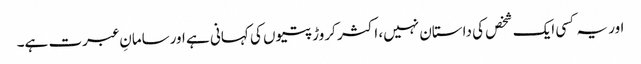
اور یہ کسی ایک شخص کی داستان نہیں، اکثر کروڑپتیوں کی کہانی ہے اورسامانِ عبرت ہے۔